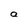
Character: a